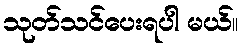
သုတ်သင်ပေးရပါ မယ်။